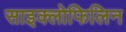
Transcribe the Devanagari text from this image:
साइक्लोफिलिन